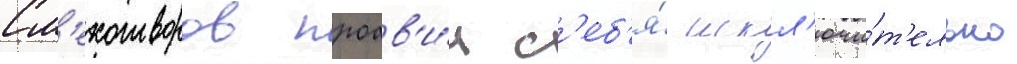
См'ехотворов проав'и́л с'еб'я́ искл'ючи́т'ельно